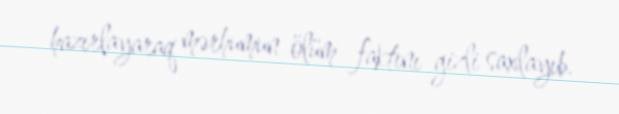
hazırlayaraq mərhumun ölüm faktını gizli saxlayıb.